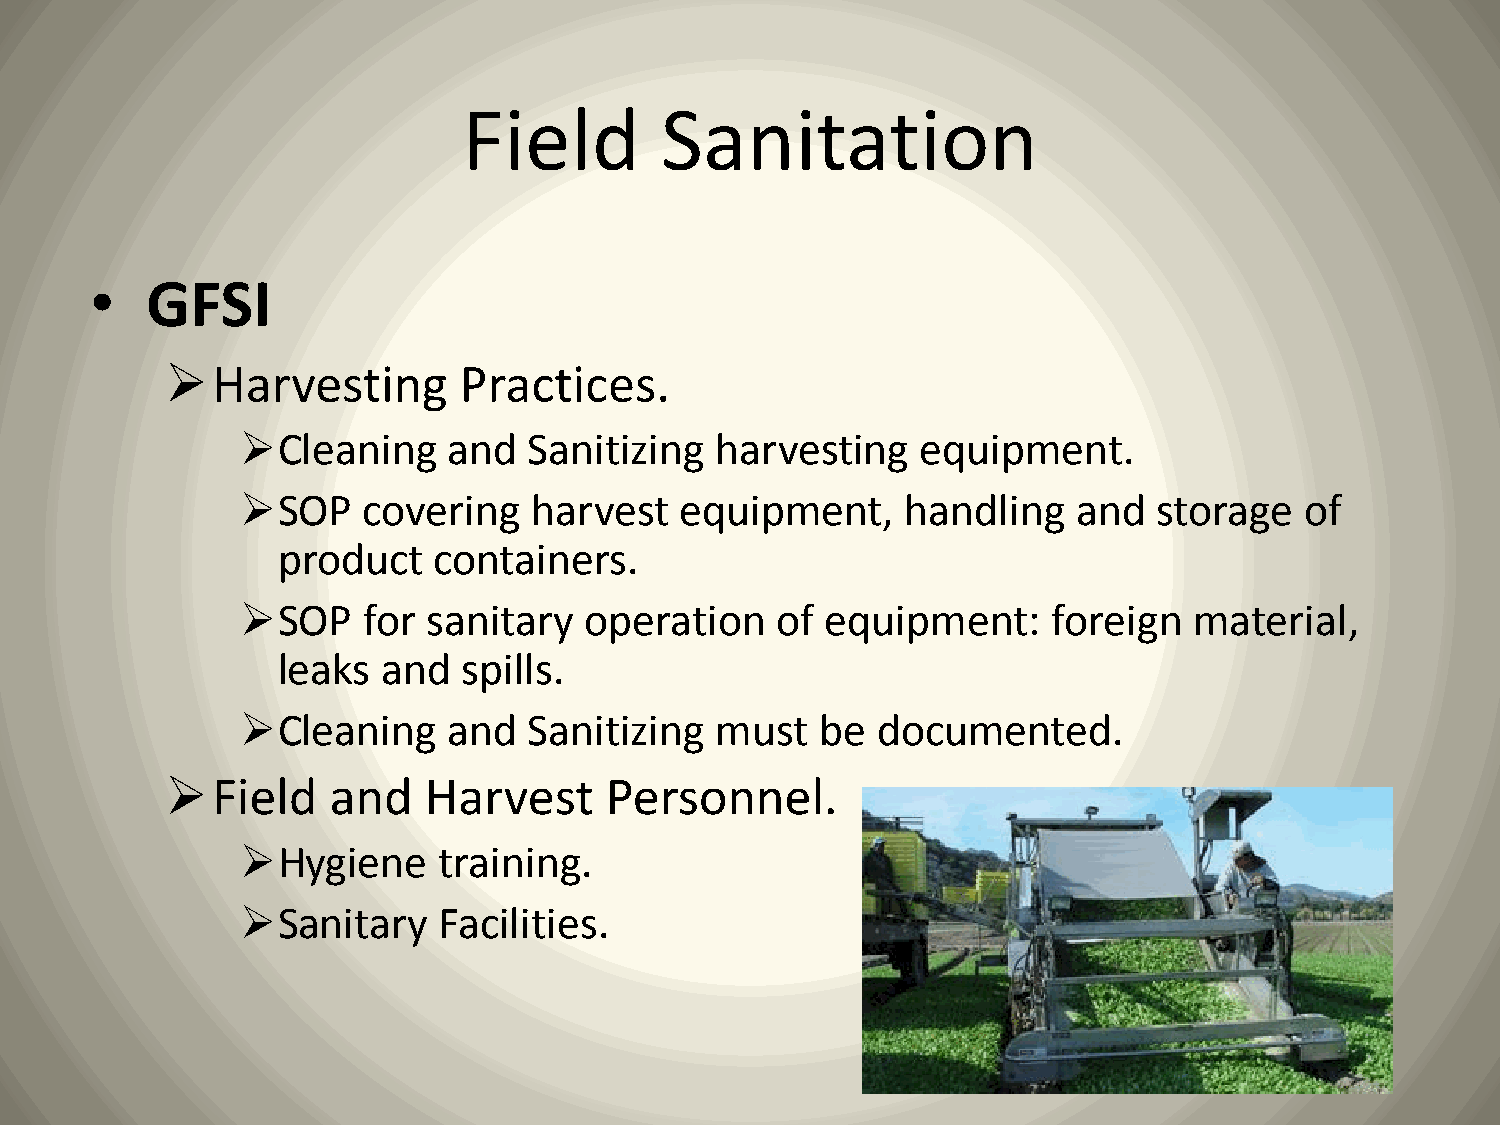
Field        Sanitation
 •   GFSI
 Harvesting        Practices.
 Cleaning     and  Sanitizing  harvesting    equipment.
 SOP    covering   harvest   equipment,     handling   and   storage  of
 product    containers.
 SOP    for sanitary   operation   of  equipment:     foreign  material,
 leaks  and   spills.
 Cleaning     and  Sanitizing  must   be  documented.
 Field     and   Harvest     Personnel.
 Hygiene     training.
 Sanitary    Facilities.